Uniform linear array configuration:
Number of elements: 4
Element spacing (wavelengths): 1
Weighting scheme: cosine
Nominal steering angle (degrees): -60
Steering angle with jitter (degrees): -61.774
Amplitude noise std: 0.05
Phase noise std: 0.05

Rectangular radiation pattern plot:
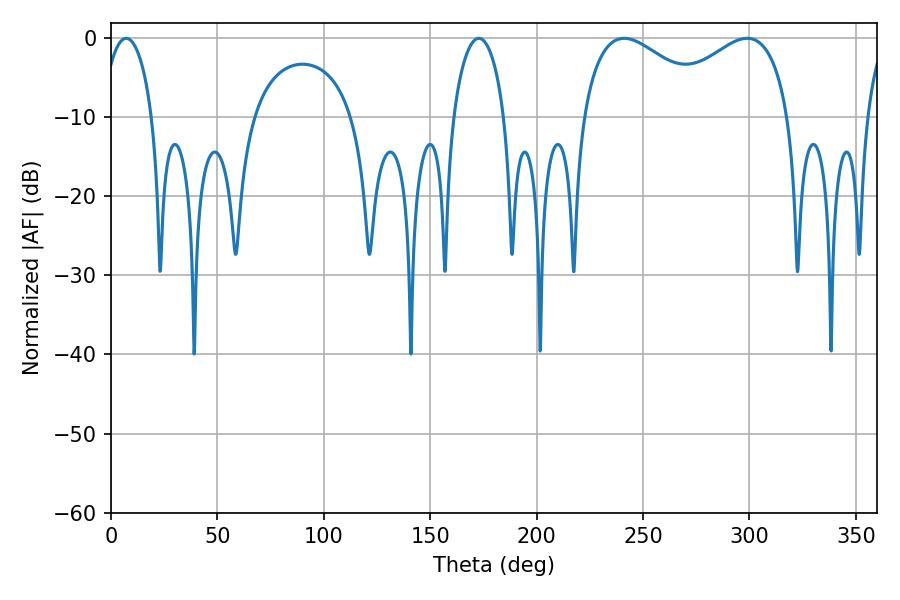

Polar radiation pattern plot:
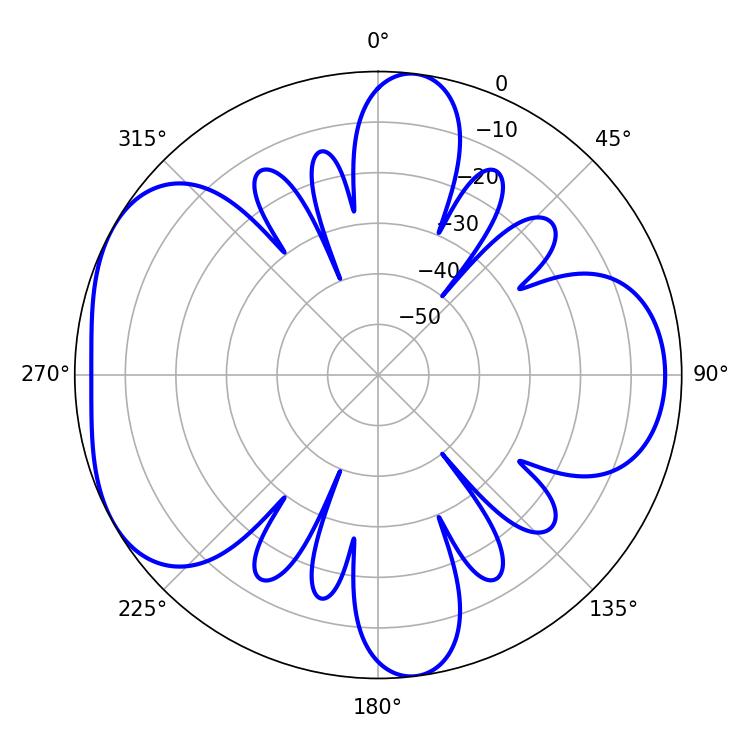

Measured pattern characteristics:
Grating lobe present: TRUE
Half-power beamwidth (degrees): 35.1
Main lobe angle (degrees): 241.02